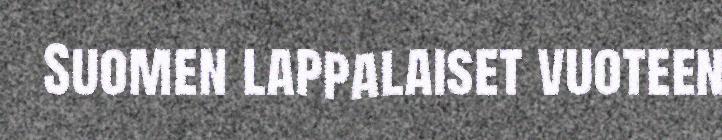
Suomen lappalaiset vuoteen